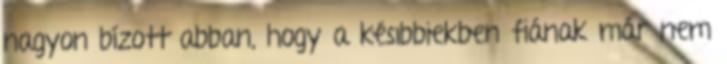
nagyon bízott abban, hogy a késıbbiekben fiának már nem